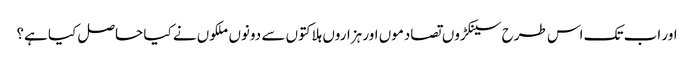
اور اب تک اس طرح سینکڑوں تصادموں اور ہزاروں ہلاکتوں سے دونوں ملکوں نے کیا حاصل کیا ہے؟